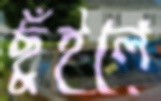
ছুঁইলে